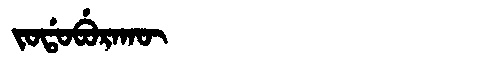
Manchu: ᠵᠣᡩᠣᠪᡠᡵᠠᡴᡡ
Romanization: JODOBURAKŪ